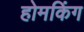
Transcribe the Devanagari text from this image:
होमकिंग